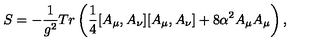
S = - \frac { 1 } { g ^ { 2 } } T r \left( \frac { 1 } { 4 } [ A _ { \mu } , A _ { \nu } ] [ A _ { \mu } , A _ { \nu } ] + 8 \alpha ^ { 2 } A _ { \mu } A _ { \mu } \right) ,